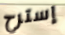
إسترح